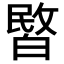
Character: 𭽞